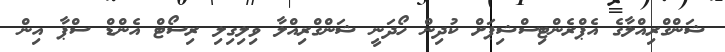
ޝަންގްރިއްލާގެ އެޕްރެންޓިސްޝިޕަށް ކުދިން ހޯދަނީ ޝަންގްރިއްލާ ވިލިގިލި ރިސޯޓް އެންޑް ސްޕާ އިން